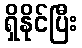
ရှိနိုင်ပြီး